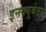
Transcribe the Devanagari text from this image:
इनक्युबेटर